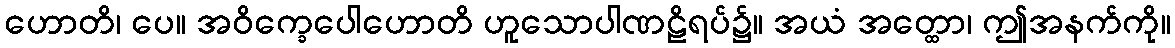
ဟောတိ၊ ပေ။ အဝိက္ခေပေါဟောတိ ဟူသောပါဏဠိရပ်၌။ အယံ အတ္ထော၊ ဤအနက်ကို။